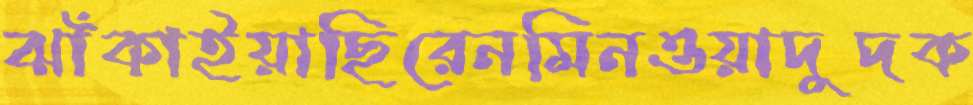
ঝাঁকাইয়াছিরেনমিনওয়াদুদক